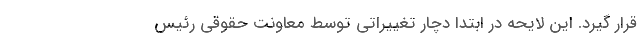
قرار گیرد. این لایحه در ابتدا دچار تغییراتی توسط معاونت حقوقی رئیس